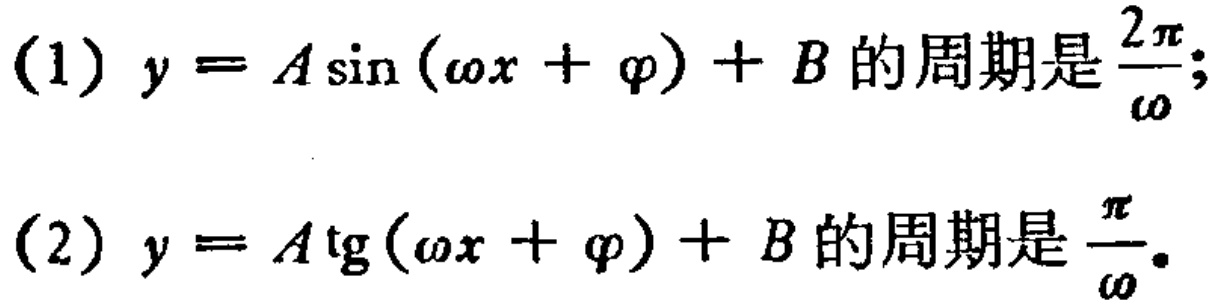
(1) \(y = A\sin(\omega x+\varphi)+B\)的周期是\(\frac{2\pi}{\omega}\);

(2) \(y = A\mathrm{tg}(\omega x+\varphi)+B\)的周期是\(\frac{\pi}{\omega}\).